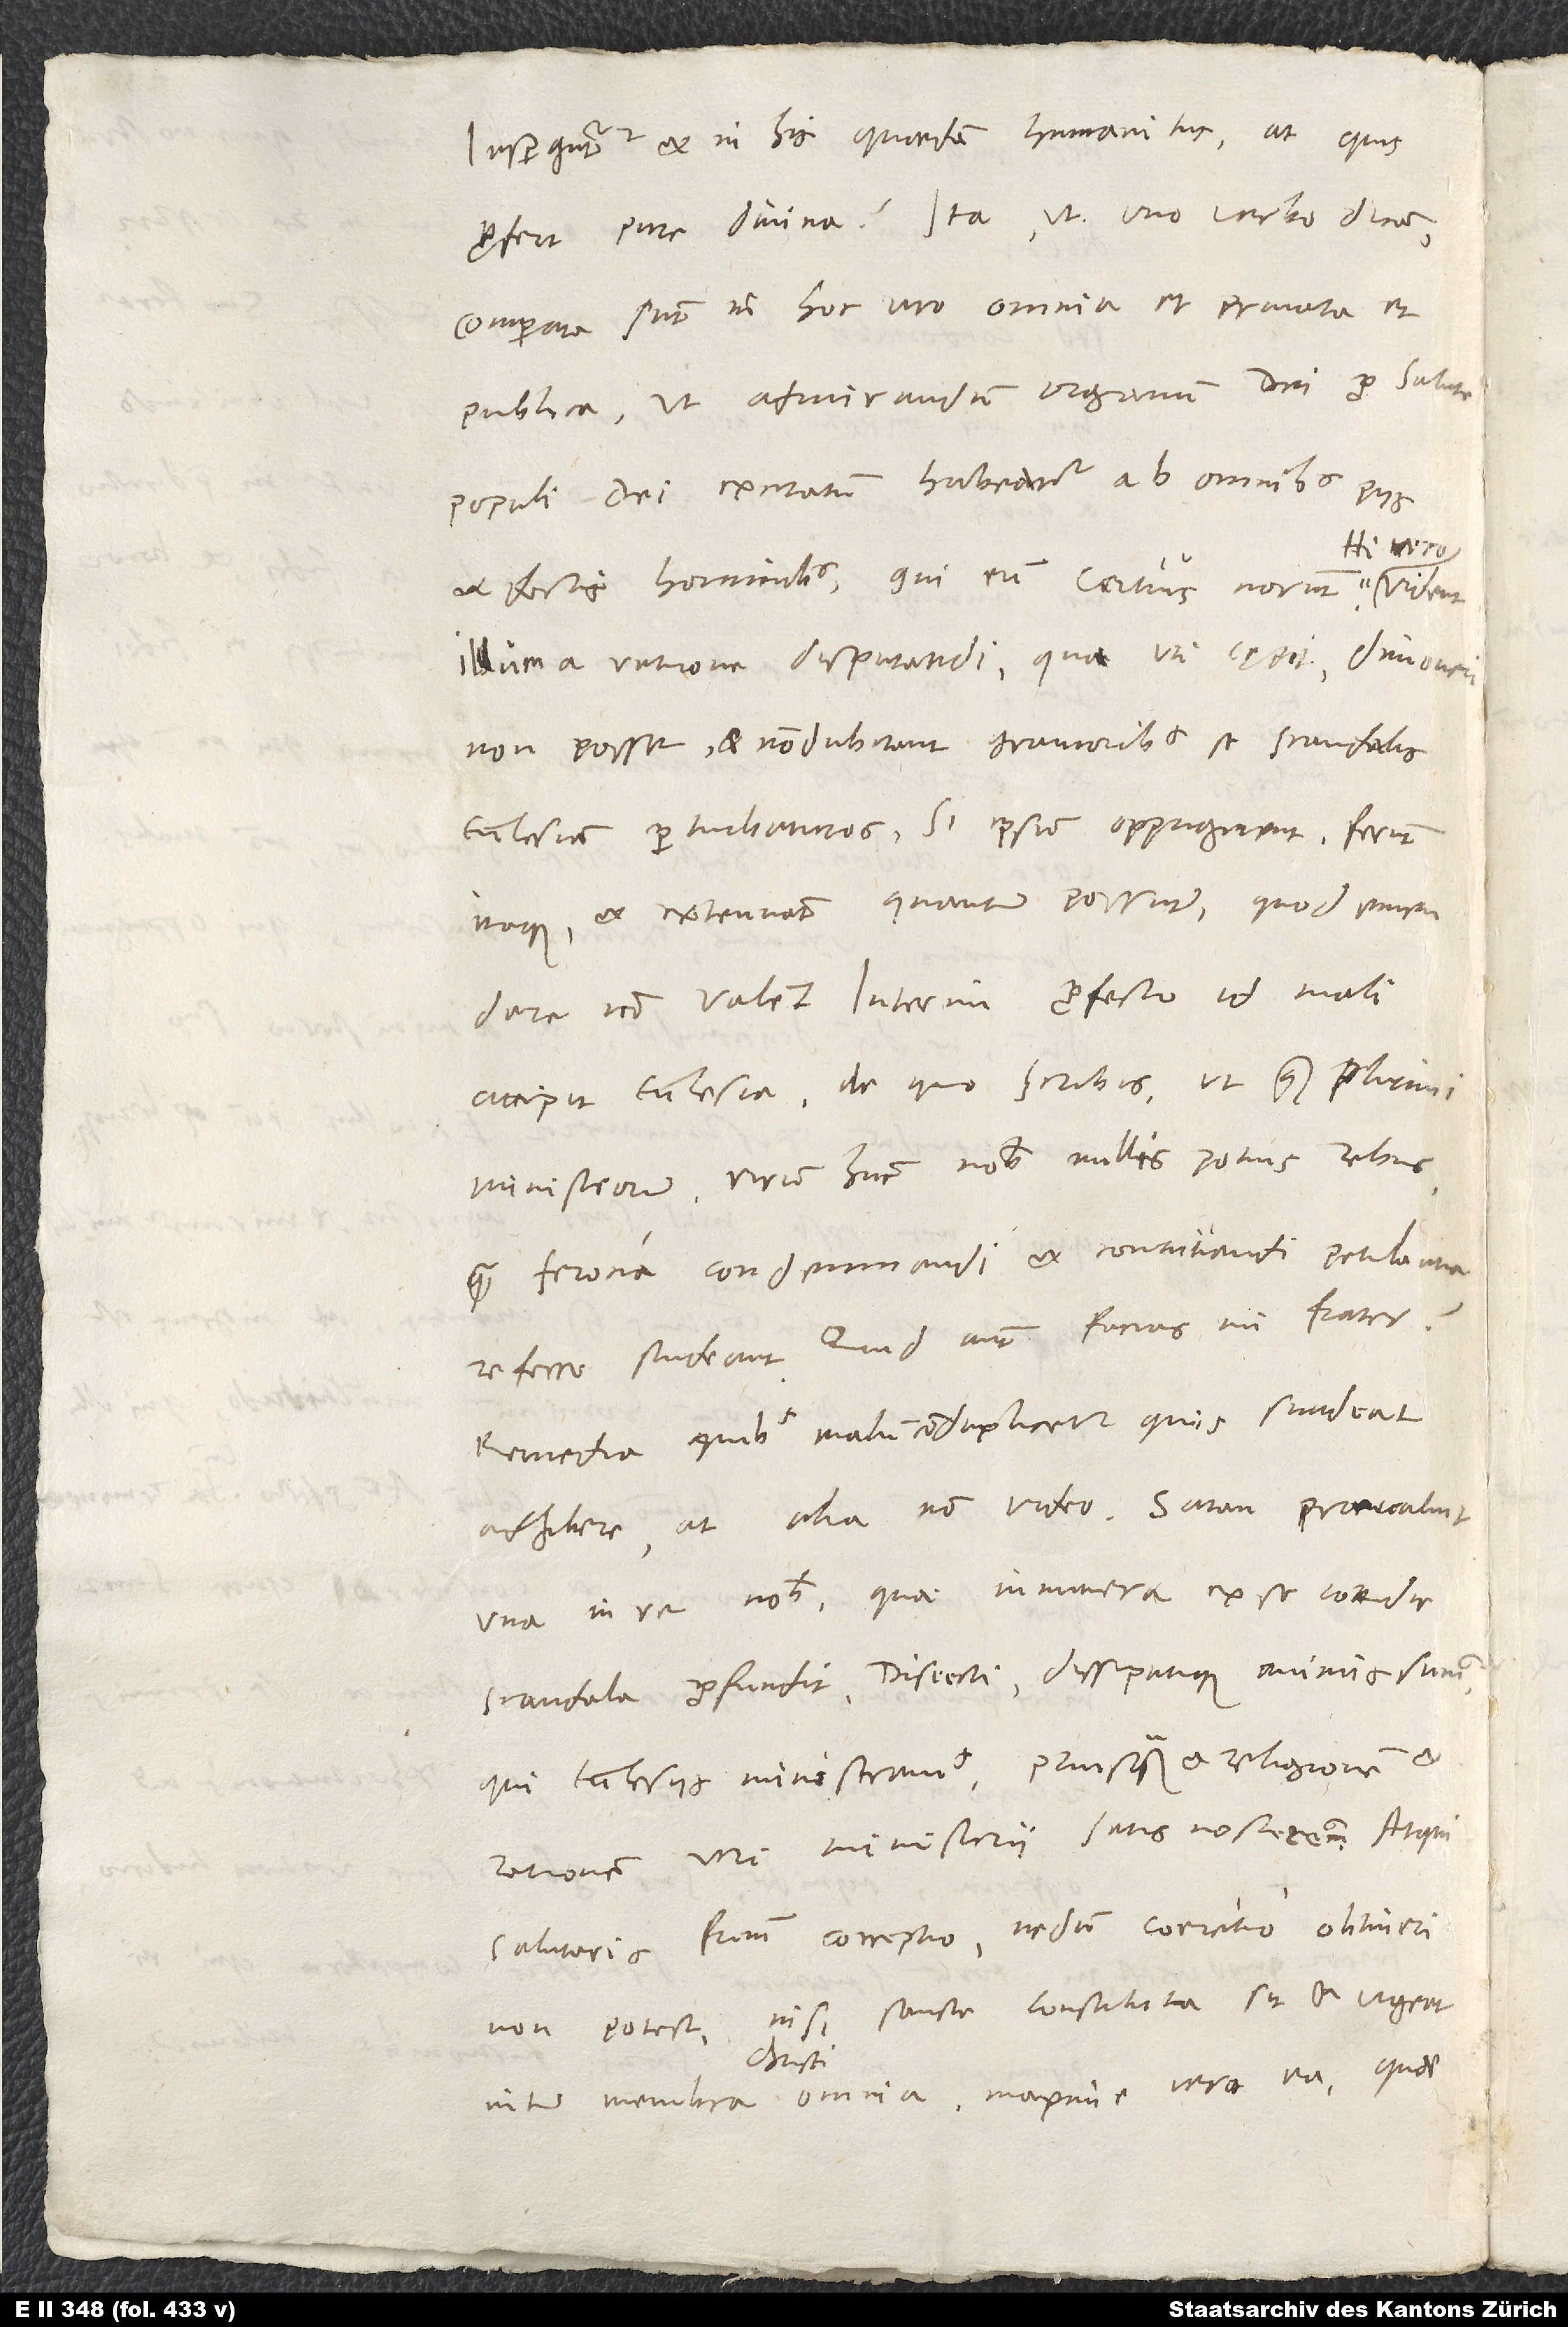
Insperguntur et in his quaedam humanitus; at quis
profert pure divina? Ita, ut uno verbo dicam,
comparata sunt in hoc viro omnia et privata et
publica, ut admirandum organum dei pro salute
populi dei excitatum habeatur ab omnibus piis
Hi vero
et doctis hominibus, qui eum certius norunt.
illum a ratione disputandi, qua uti cępit, dimoveri
non posse, et non dubitant gravioribus se scandalis
ecclesiam perturbaturos, si ipsum oppugnarent. Ferunt
itaque et extenuant, quantum possunt, quod emendare
non valent. Interim profecto id mali
accipit ecclesia, de quo scribis, ut quam plurimi
ministrorum virum hunc nobis nullis potius rebus
quam ferocia condemnandi et convitiandi petulentia
referre studeant. Quid autem facias, mi frater?
Remedia, quibus malum conduplicetur, quis studeat
una in re nobis, quae innumera ex se cottidie
scandala profundit. Disiecti dissipatique animis sumus,
qui ecclesiis ministramus, priusquam et religionem et
rationem veri ministerii satis nosceremus. Atqui
salutaris fratrum correptio, nedum coercitio obtineri
non potest, nisi sancte constituta sit et vigeat